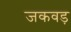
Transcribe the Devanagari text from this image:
जकवड़